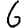
Digit: 6